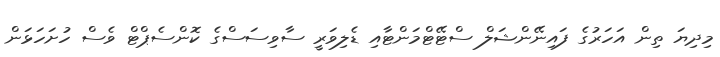
މިދިޔަ ތިން އަހަރުގެ ފައިނޭންޝަލް ސްޓޭޓްމަންޓާއި ޑެލިވަރީ ސާވިސަސްގެ ކޮންސެޕްޓް ވެސް ހުށަހަޅަން